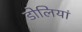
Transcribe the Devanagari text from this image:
डोलियां